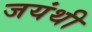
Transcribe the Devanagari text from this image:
जयंथी